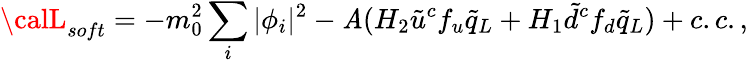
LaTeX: {\calL}_{soft}=-m_{0}^{2}\sum_{i}|\phi_{i}|^{2}-\mathit{A}(H_{2}\tilde{{u}}^{c}f_{u}\tilde{{q}}_{L}+H_{1}\tilde{{d}}^{c}f_{d}\tilde{{q}}_{L})+c.c.,